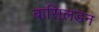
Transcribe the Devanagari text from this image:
बासिलडन